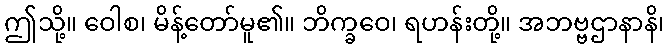
ဤသို့။ ဝေါစ၊ မိန့်တော်မူ၏။ ဘိက္ခဝေ၊ ရဟန်းတို့။ အဘဗ္ဗဌာနာနိ၊